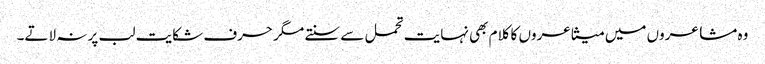
وہ مشاعروں میں متشاعروں کا کلام بھی نہایت تحمل سے سنتے مگر حرف شکایت لب پر نہ لاتے۔